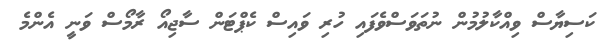
ކަސިޔާސް ވިއްކާލުމުން ނުތަވަސްވެފައި ހުރި ވައިސް ކެޕްޓަން ސާޖިއޯ ރާމޯސް ވަނީ އެންމެ